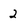
Character: 2